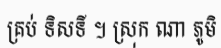
គ្រប់ ទិសទី ។ ស្រុក ណា ភូមិ